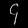
Digit: ၄